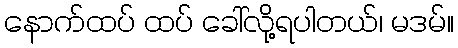
နောက်ထပ် ထပ် ခေါ်လို့ရပါတယ်၊ မဒမ်။